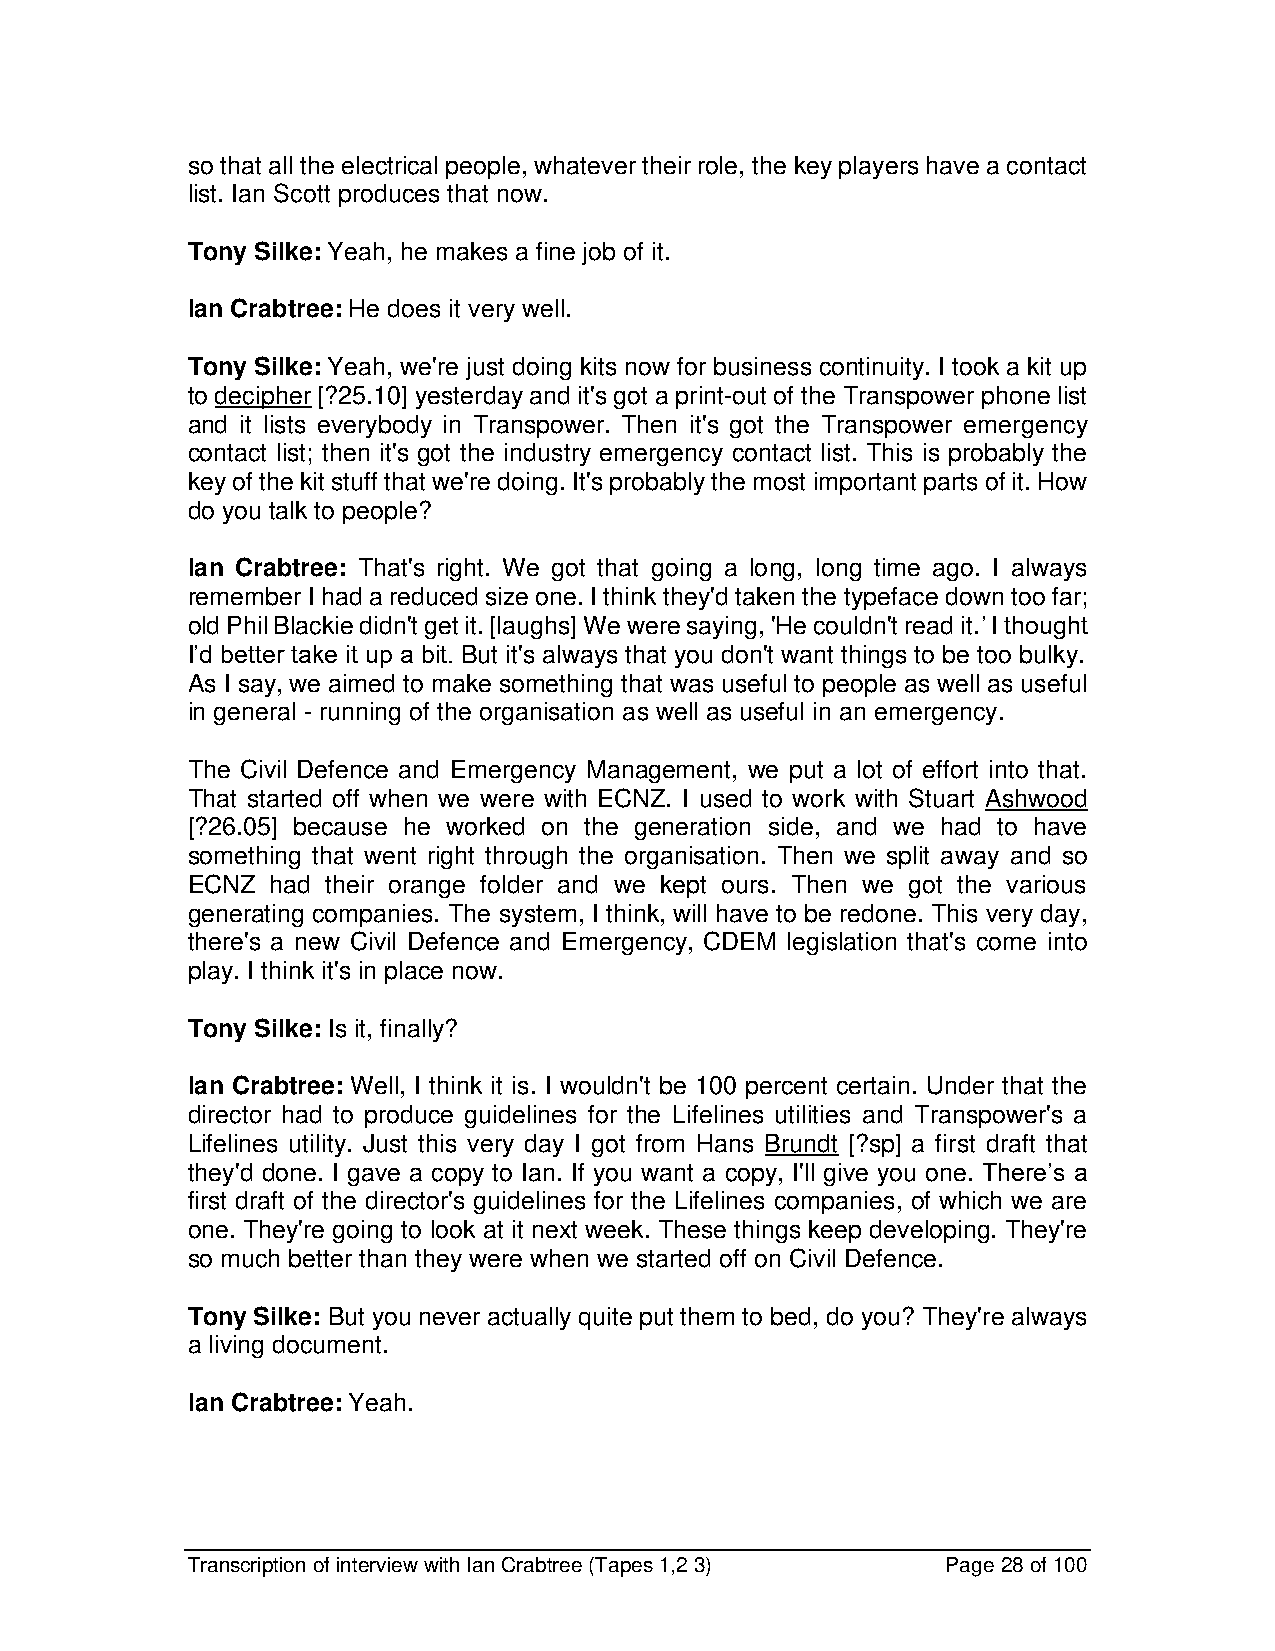
so that all the electrical people, whatever their role, the key players have a contact
 list. Ian Scott produces that now.
 Tony Silke: Yeah, he makes a fine job of it.
 Ian Crabtree: He does it very well.
 Tony Silke: Yeah, we're just doing kits now for business continuity. I took a kit up
 to decipher [?25.10] yesterday and it's got a print-out of the Transpower phone list
 and it lists everybody in Transpower. Then it's got the Transpower emergency
 contact list; then it's got the industry emergency contact list. This is probably the
 key of the kit stuff that we're doing. It's probably the most important parts of it. How
 do you talk to people?
 Ian Crabtree: That's right. We got that going a long, long time ago. I always
 remember I had a reduced size one. I think they'd taken the typeface down too far;
 old Phil Blackie didn't get it. [laughs] We were saying, 'He couldn't read it.’ I thought
 I’d better take it up a bit. But it's always that you don't want things to be too bulky.
 As I say, we aimed to make something that was useful to people as well as useful
 in general - running of the organisation as well as useful in an emergency.
 The Civil Defence and Emergency Management, we put a lot of effort into that.
 That started off when we were with ECNZ. I used to work with Stuart Ashwood
 [?26.05] because he worked on the generation side, and we had to have
 something that went right through the organisation. Then we split away and so
 ECNZ  had their orange folder and we kept ours. Then we got the various
 generating companies. The system, I think, will have to be redone. This very day,
 there's a new Civil Defence and Emergency, CDEM legislation that's come into
 play. I think it's in place now.
 Tony Silke: Is it, finally?
 Ian Crabtree: Well, I think it is. I wouldn't be 100 percent certain. Under that the
 director had to produce guidelines for the Lifelines utilities and Transpower's a
 Lifelines utility. Just this very day I got from Hans Brundt [?sp] a first draft that
 they'd done. I gave a copy to Ian. If you want a copy, I'll give you one. There’s a
 first draft of the director's guidelines for the Lifelines companies, of which we are
 one. They're going to look at it next week. These things keep developing. They're
 so much better than they were when we started off on Civil Defence.
 Tony Silke: But you never actually quite put them to bed, do you? They're always
 a living document.
 Ian Crabtree: Yeah.
 Transcription of interview with Ian Crabtree (Tapes 1,2 3) Page 28 of 100